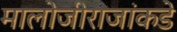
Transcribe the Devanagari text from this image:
मालोजीराजांकडे